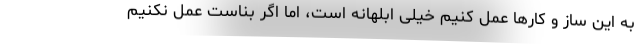
به این ساز و کار‌ها عمل کنیم خیلی ابلهانه است، اما اگر بناست عمل نکنیم